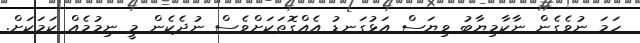
ހަމަ ނުވެގެން ނާކާމިޔާބު ވިޔަސް އަޅުގަނޑު އެއްގޮތަކަށްވެސް ނުދެކެން މީ ނިމުމެއް ކަމަކަށް.